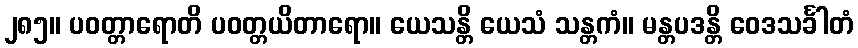
၂၈၅။ ပဝတ္တာရောတိ ပဝတ္တယိတာရော။ ယေသန္တိ ယေသံ သန္တကံ။ မန္တပဒန္တိ ဝေဒသင်္ခါတံ